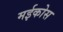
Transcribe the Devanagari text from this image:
मईकोस